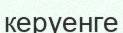
керуенге